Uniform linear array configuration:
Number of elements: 8
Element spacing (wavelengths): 0.25
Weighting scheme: binomial
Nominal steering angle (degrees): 15
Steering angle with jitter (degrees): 16.168
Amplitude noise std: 0.05
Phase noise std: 0.05

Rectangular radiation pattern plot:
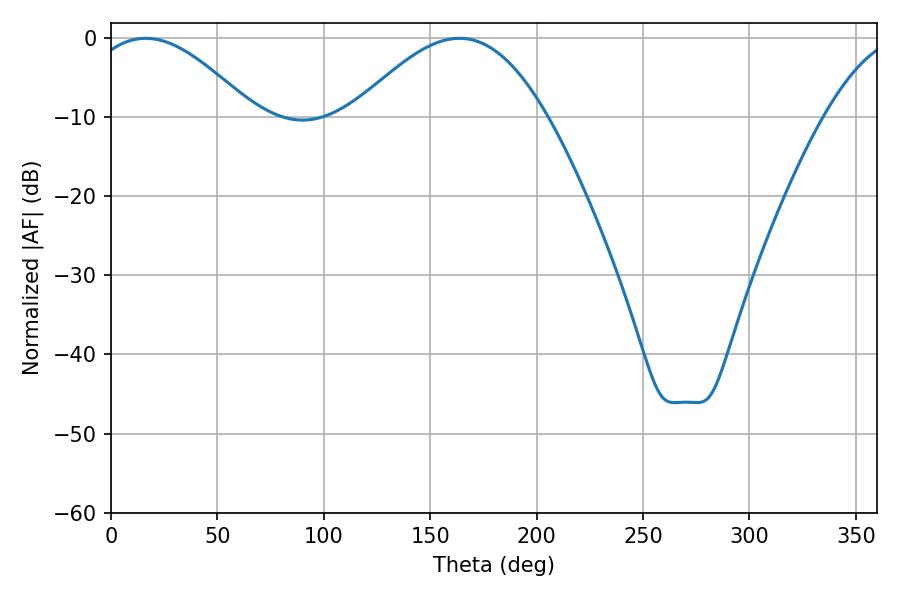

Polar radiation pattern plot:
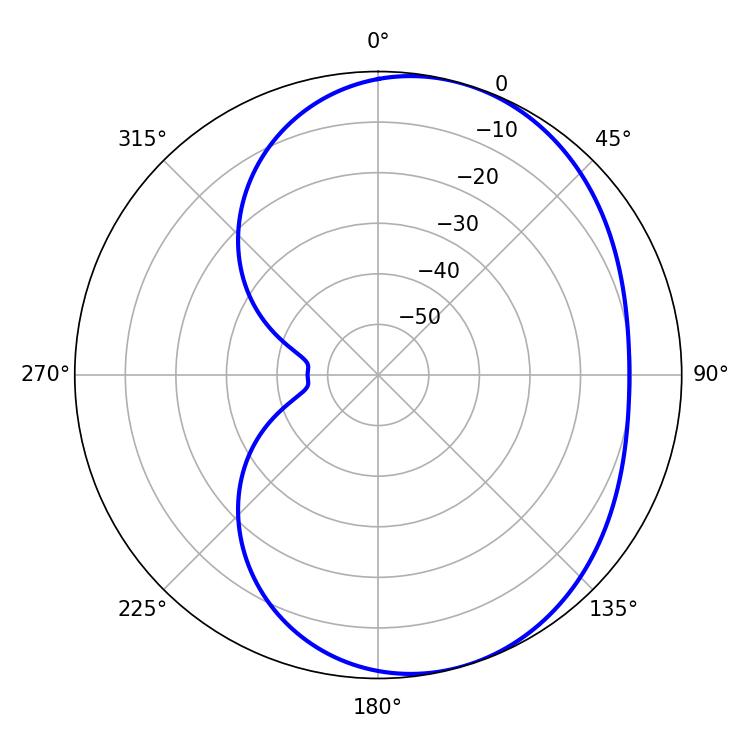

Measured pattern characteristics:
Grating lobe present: FALSE
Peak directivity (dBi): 4.971
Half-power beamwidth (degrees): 42.48
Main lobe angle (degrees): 16.2